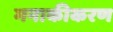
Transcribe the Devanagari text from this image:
मनाकीकरण